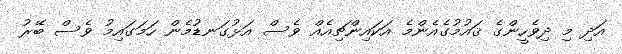
އަދި މި ދިވެހީންގެ ޤައުމުގެއެންމެ އަކައިންޗިއެއް ވެސް އަޅުގަނޑުމެން ހަމަގައިމު ވެސް ބޭރު